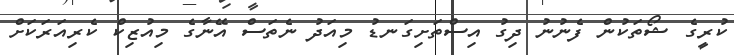
ކުރީގެ ޝޯތަކުން ފެނުނު ދިގު އިސްތަށިގަނޑު މިއަދު ނެތަސް އޭނާގެ މިއުޒިކް ކެރިއަރަކަށް